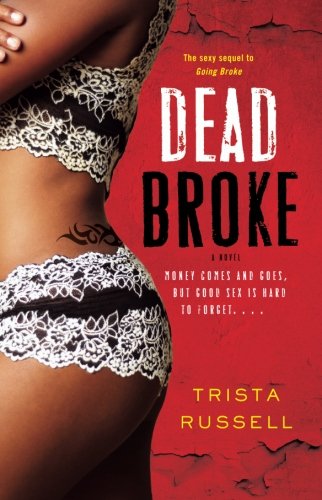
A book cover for Dead Broke; Trista Russell; Romance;